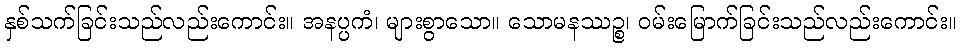
နှစ်သက်ခြင်းသည်လည်းကောင်း။ အနပ္ပကံ၊ များစွာသော။ သောမနဿဉ္စ၊ ဝမ်းမြောက်ခြင်းသည်လည်းကောင်း။